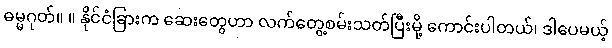
ဓမ္မဂုတ်။ ။ နိုင်ငံခြားက ဆေးတွေဟာ လက်တွေ့စမ်းသတ်ပြီးမို့ ကောင်းပါတယ်၊ ဒါပေမယ့်